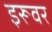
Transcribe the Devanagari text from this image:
इरूवर